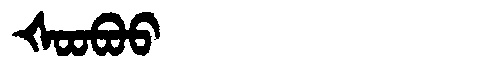
Manchu: ᡧᠣᠣᠪᠣᠣ
Romanization: ŠOOBOO